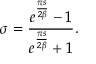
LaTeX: \sigma = { \frac { e ^ { \frac { \pi s } { 2 \beta } } - 1 } { e ^ { \frac { \pi s } { 2 \beta } } + 1 } } .